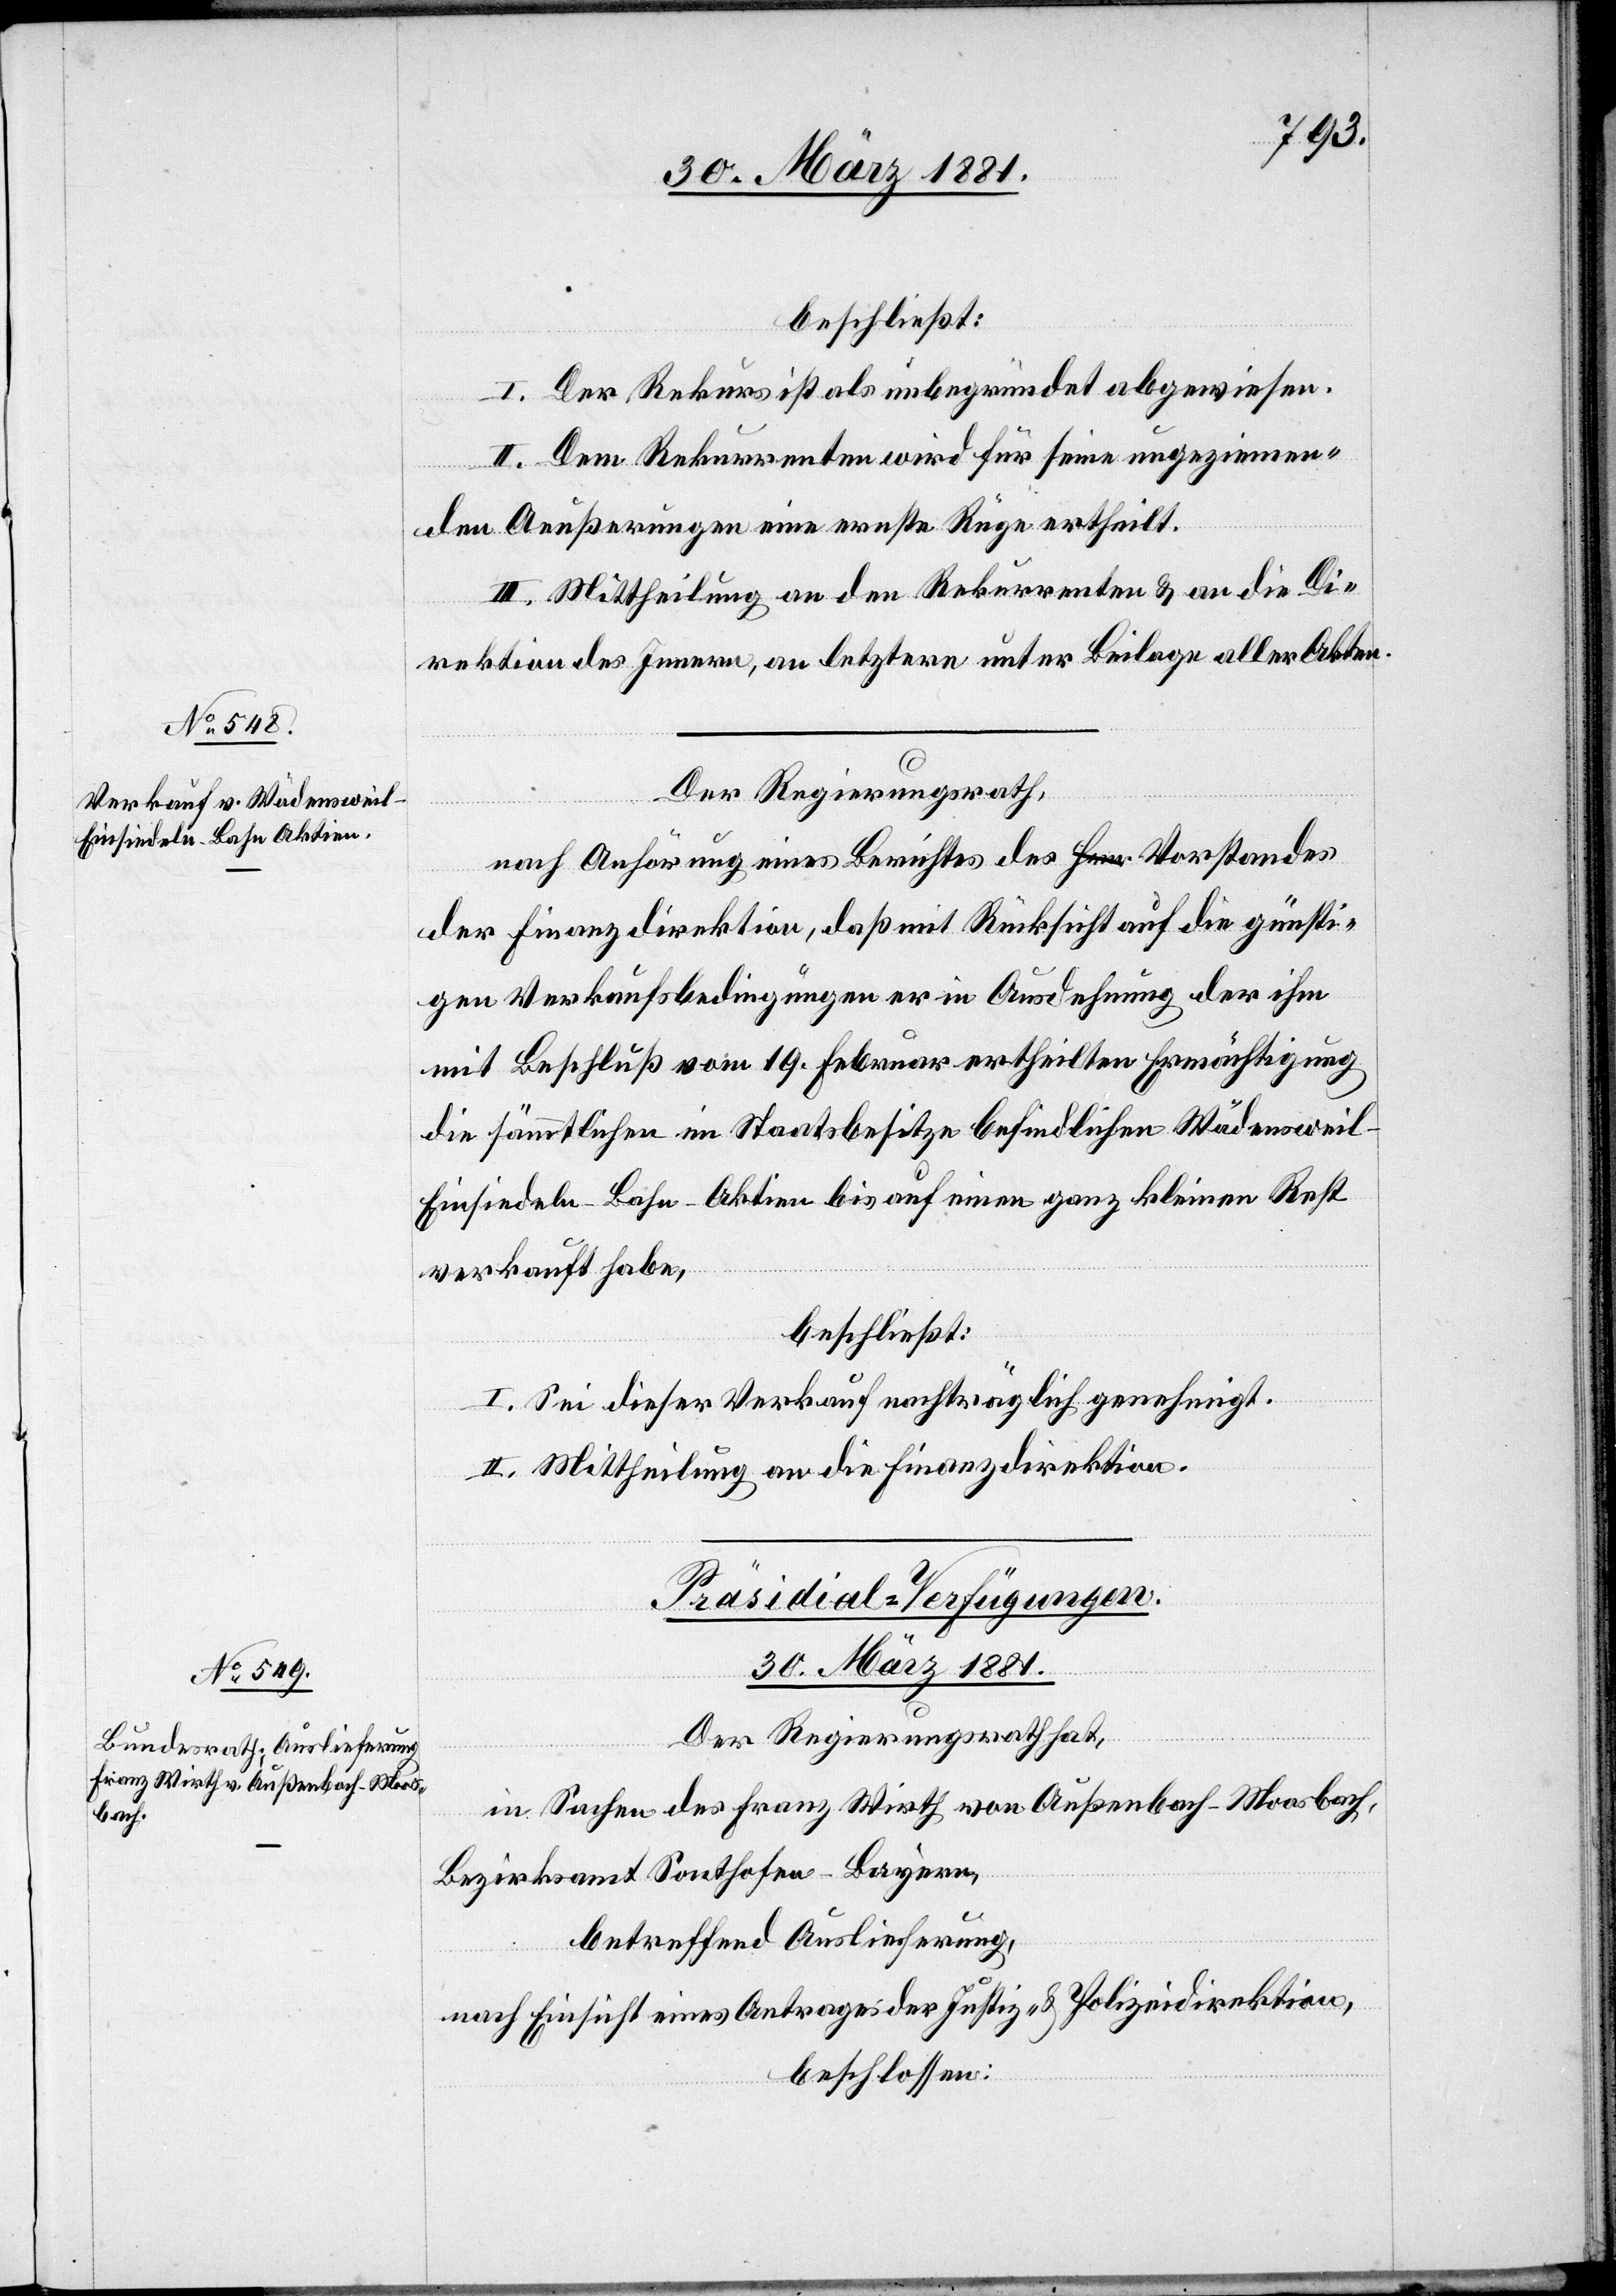
beschließt:
I. Der Rekurs ist als unbegründet abgewiesen.
II. Dem Rekurrenten wird für seine ungeziemen¬
den Aeußerungen eine erste Rüge ertheilt.
III. Mittheilung an den Rekurrenten & an die Di¬
rektion des Innern, an letztere unter Beilage aller Akten.
Der Regierungsrath,
nach Anhörung eines Berichtes des Vorstandes
der Finanzdirektion, daß mit Rücksicht auf die günsti¬
gen Verkaufsbedingungen er in Ausdehnung der ihm
mit Beschluß vom 19. Februar ertheilten Ermächtigung
die sämmtlichen im Staatsbesitze befindlichen Wädenswei¬
l–Einsiedeln-Bahn-Aktien bis auf einen ganz kleinen Rest
verkauft habe,
beschließt:
I. Sei dieser Verkauf nachträglich genehmigt.
II. Mittheilung an die Finanzdirektion.
Präsidial-Verfügungen.
30. März 1881.
Der Regierungsrath hat,
in Sachen des Franz Wirth von Außenbach - Moosbach,
Bezirksamt Sonthofen - Bayern,
betreffend Auslieferung,
nach Einsicht eines Antrages der Justiz- & Polizeidirektion,
beschlossen: